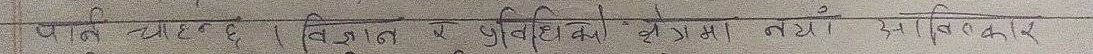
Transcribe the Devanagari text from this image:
पतिच्छेद । विवान के विविधी क्षेत्रमा नया सम्भावना